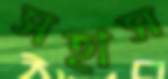
সহাস